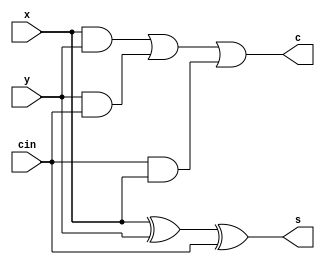
module prog1b (x, y, cin, s, c);
input x, y, cin;
output s, c;
assign s = x^y^cin;
assign c = x&y|y&cin|cin&x;
endmodule